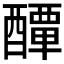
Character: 𨣌